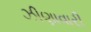
ઝીણાવારી